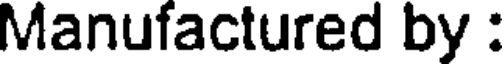
Manufactured by :